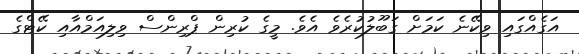
އަގެއްގައި ވިކޭނެ ކަމަށް ގަބޫލުކުރެވެ އެވެ. މީގެ ކުރިން ޕްރިންސް ވިލިއަމްއާއި ކޭޓްގެ